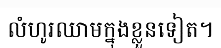
លំហូរឈាមក្នុងខ្លួនទៀត។